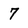
Character: 7